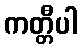
ကတ္တီပါ